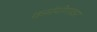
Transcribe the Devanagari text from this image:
कर्मयोगावर